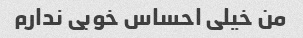
من خیلی احساس خوبی ندارم